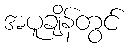
အပူချိန်တွင်